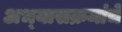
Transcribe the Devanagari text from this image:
अभ्‍यासक्रमांचे